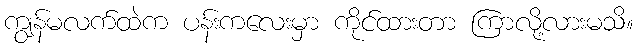
ကျွန်မလက်ထဲက ပန်းကလေးမှာ ကိုင်ထားတာ ကြာလို့လားမသိ။